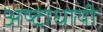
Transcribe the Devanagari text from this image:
अष्‍टाधायी